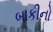
બાકીનો